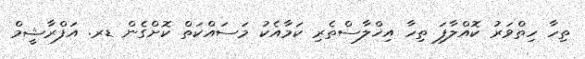
ތިހާ ހިތްވަރު ކޮއްލާފަ ތިހާ އިޚްލާސްތެރި ކަމާއެކު މަސައްކަތް ކޮށްގެން ޑރ. އަފްރާޝީމް